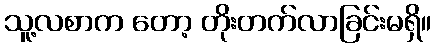
သူ့လစာက တော့ တိုးတက်လာခြင်းမရှိ။